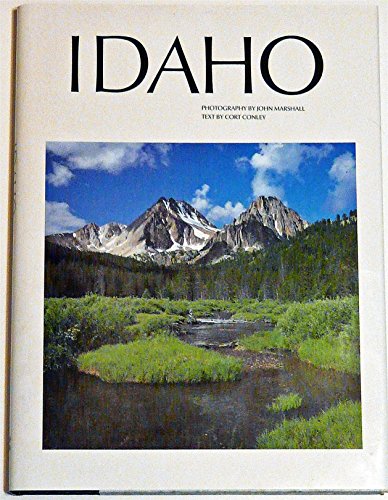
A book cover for Idaho; John Marshall; Travel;